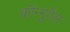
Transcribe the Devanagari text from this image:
कॉन्गुएँस